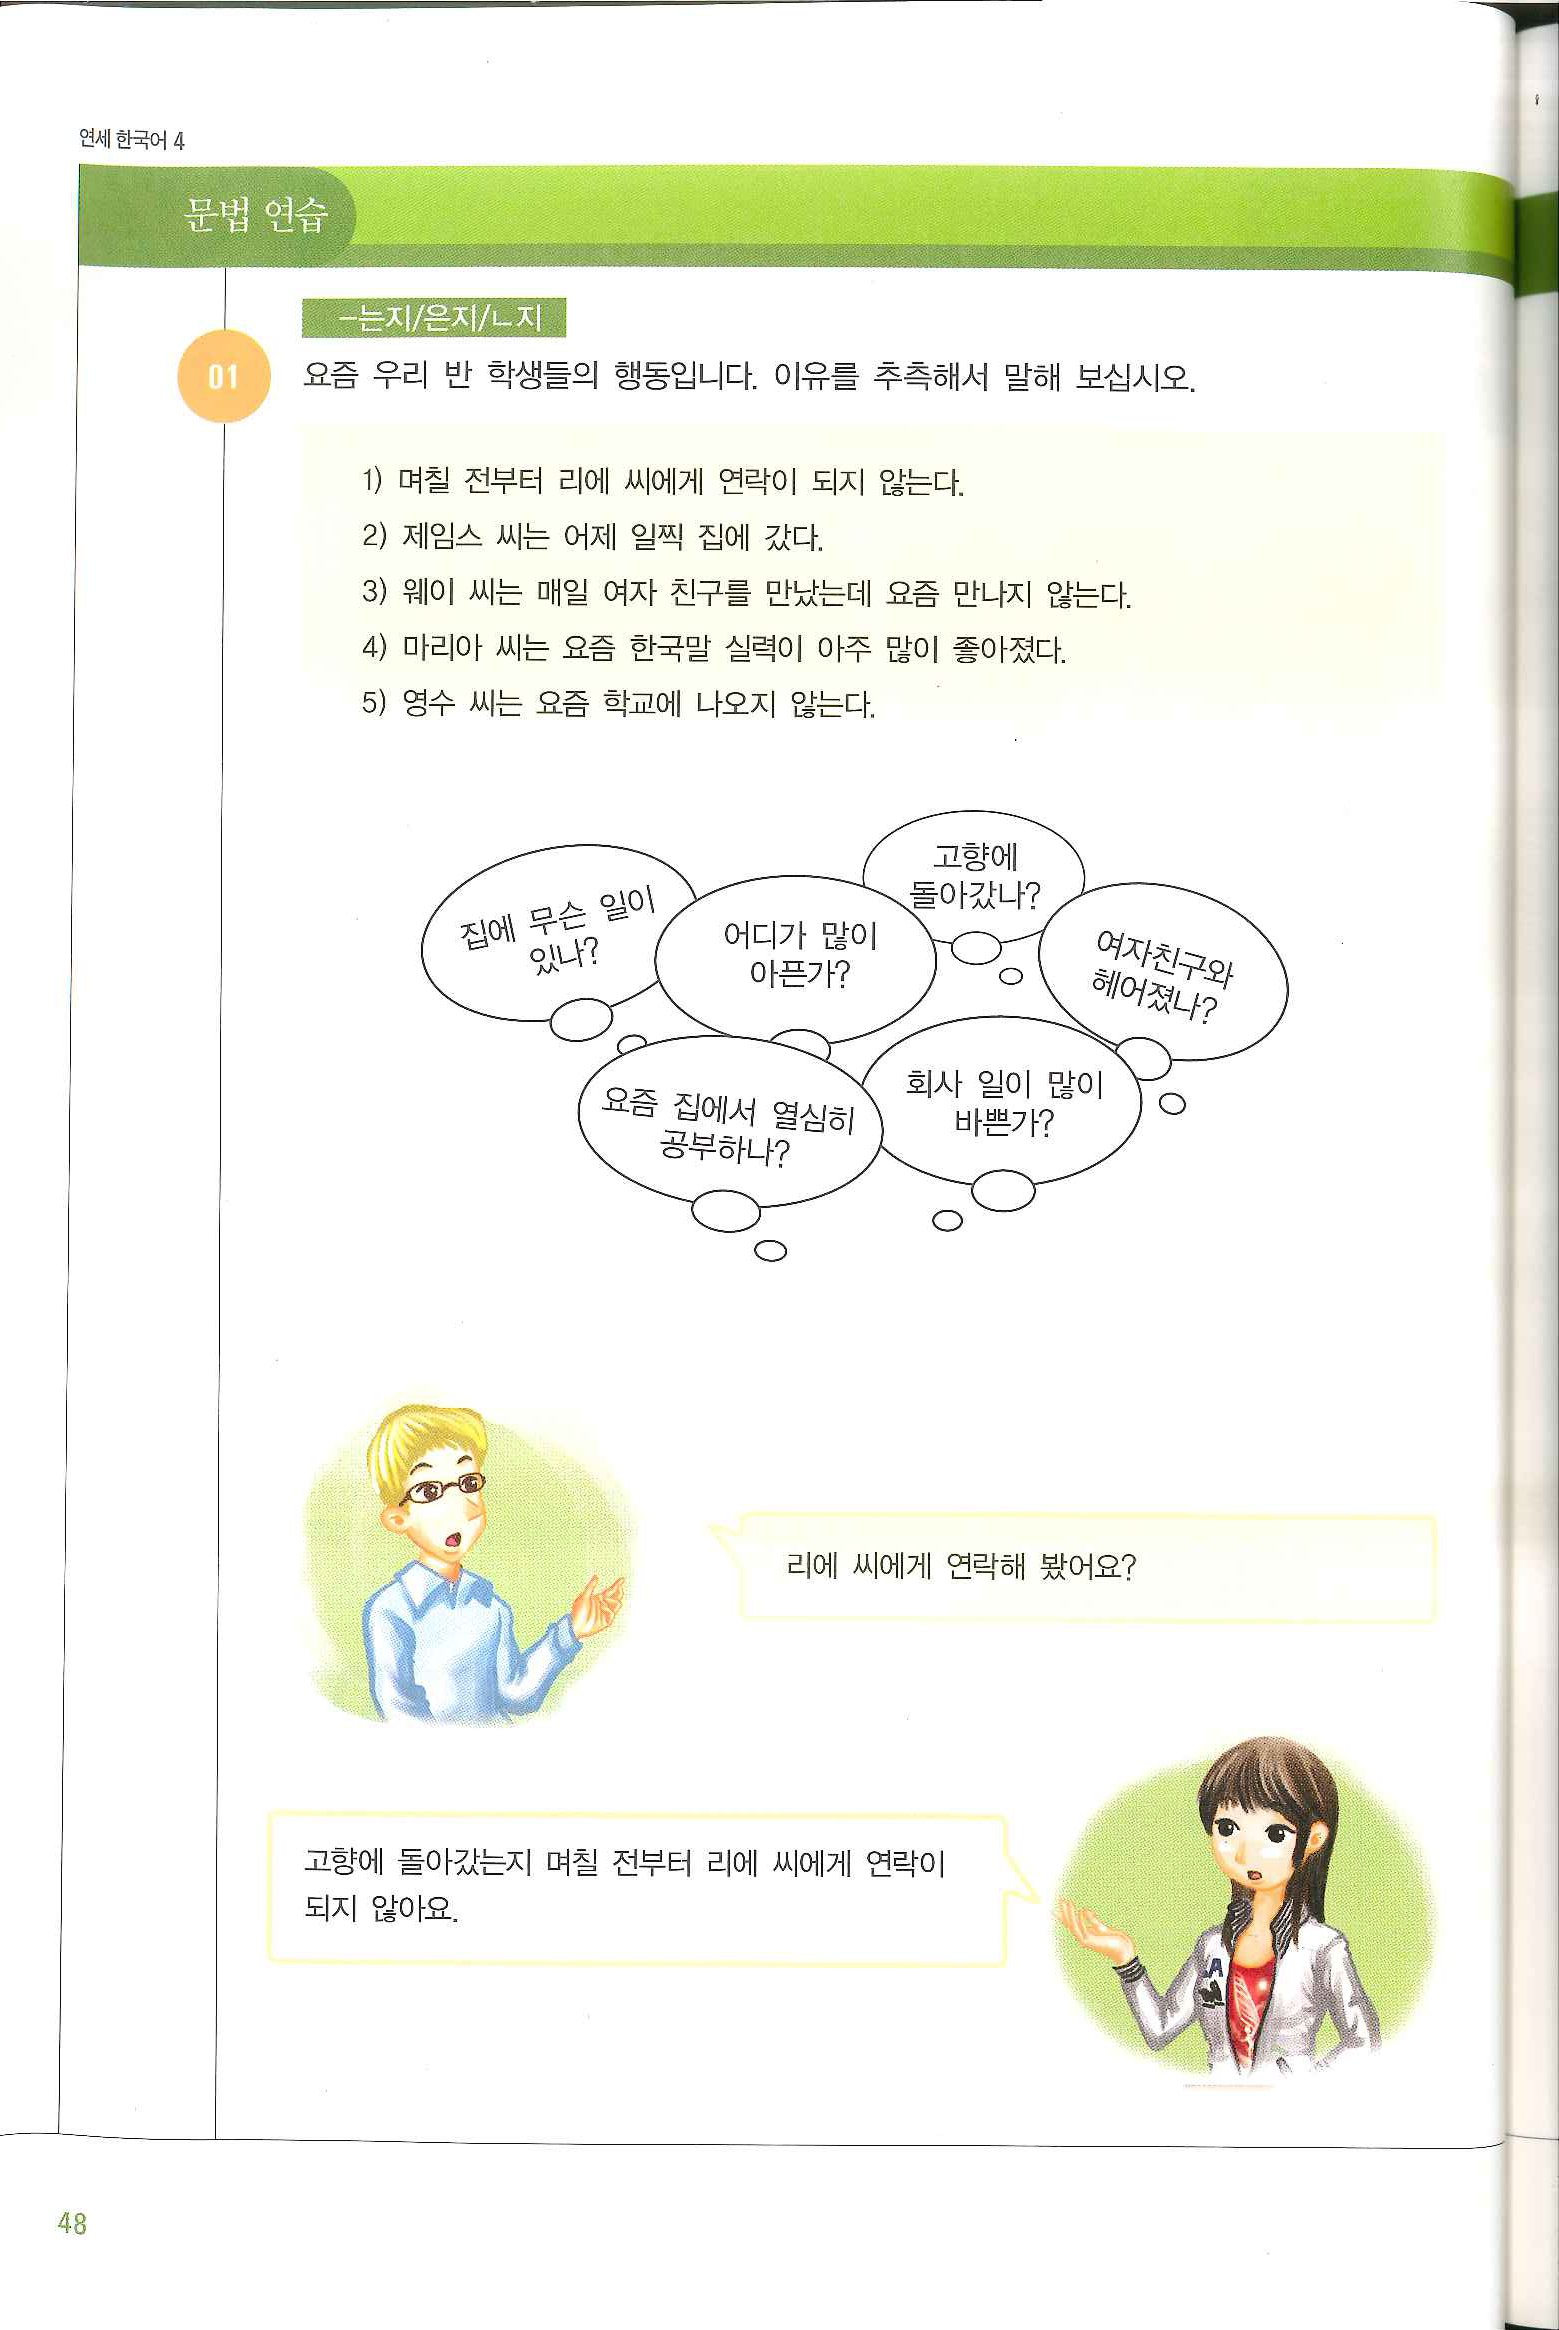
Language: ko